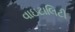
વાઇટાલિટી